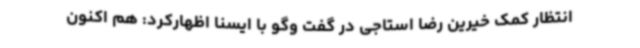
انتظار کمک خیرین رضا استاجی در گفت وگو با ایسنا اظهارکرد: هم اکنون